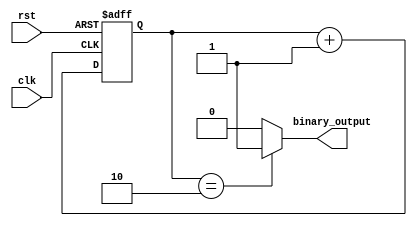
module clock_divider (
    input clk,
    input rst,
    output reg binary_output
);

reg [3:0] counter;

always @ (posedge clk or posedge rst)
begin
    if (rst)
        counter <= 4'b0000;
    else
        counter <= counter + 1;
end

assign binary_output = (counter == 4'b0010) ? 1'b1 : 1'b0;

endmodule